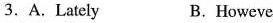
3.A.Lately B.However